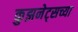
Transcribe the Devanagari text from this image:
कुझनेट्सच्या